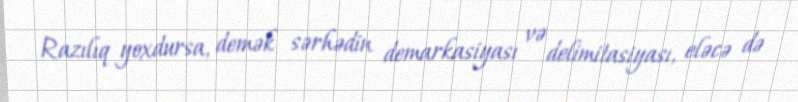
Razılıq yoxdursa, demək sərhədin demarkasiyası və delimitasiyası, eləcə də